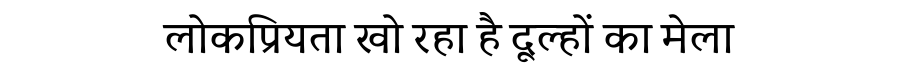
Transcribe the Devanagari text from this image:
लोकप्रियता खो रहा है दूल्हों का मेला